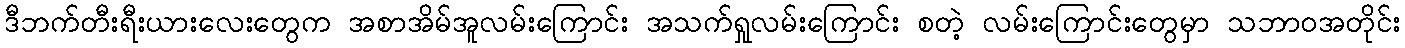
ဒီဘက်တီးရီးယားလေးတွေက အစာအိမ်အူလမ်းကြောင်း အသက်ရှုလမ်းကြောင်း စတဲ့ လမ်းကြောင်းတွေမှာ သဘာဝအတိုင်း